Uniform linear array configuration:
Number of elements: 64
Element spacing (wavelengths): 1
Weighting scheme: cosine
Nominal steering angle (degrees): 45
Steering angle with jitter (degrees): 43.344
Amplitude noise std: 0.05
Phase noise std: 0.05

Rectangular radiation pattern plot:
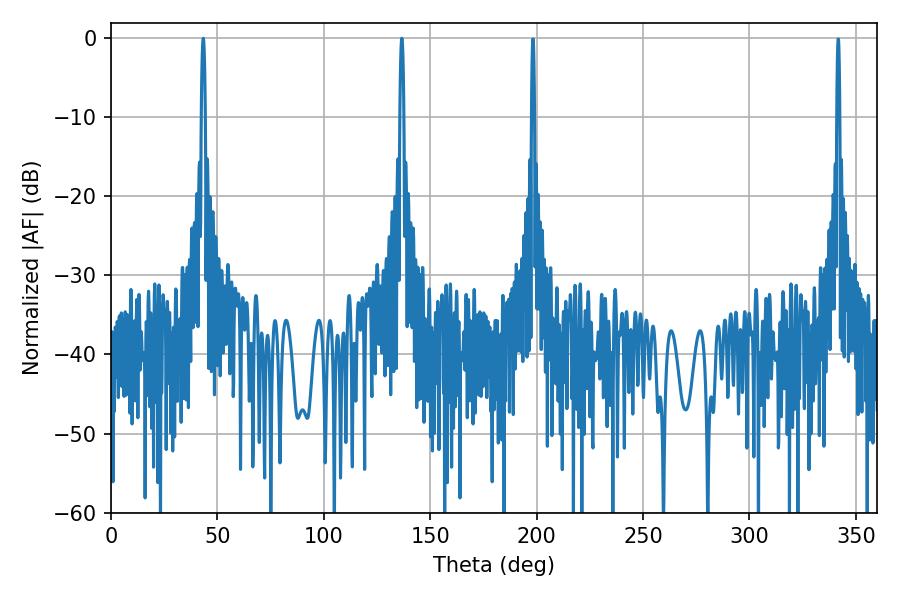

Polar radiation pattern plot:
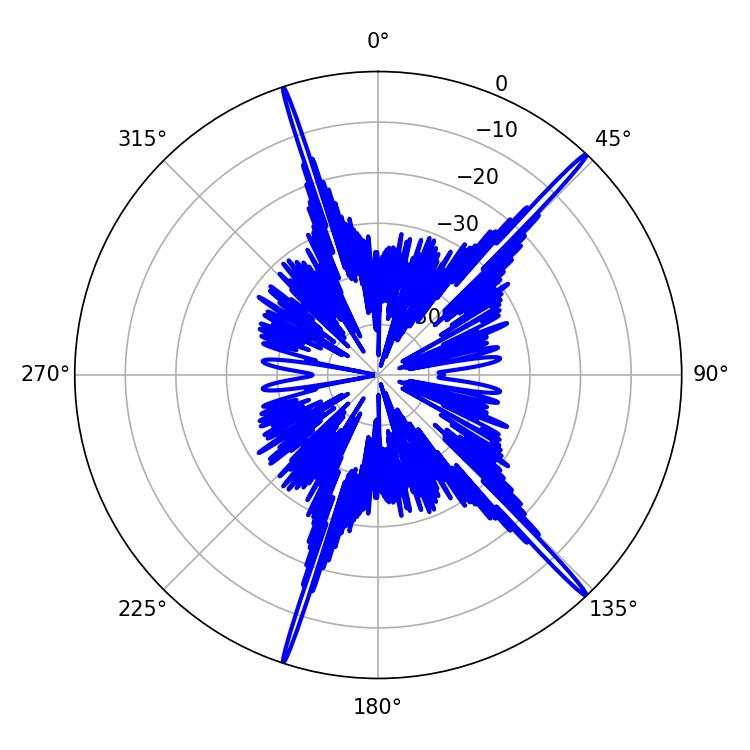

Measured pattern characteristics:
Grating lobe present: TRUE
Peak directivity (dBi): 20.147
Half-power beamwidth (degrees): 1.08
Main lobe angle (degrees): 43.38